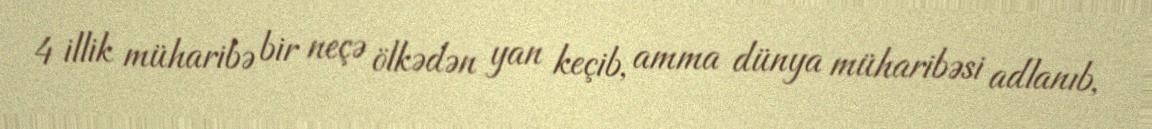
4 illik müharibə bir neçə ölkədən yan keçib, amma dünya müharibəsi adlanıb,